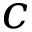
c